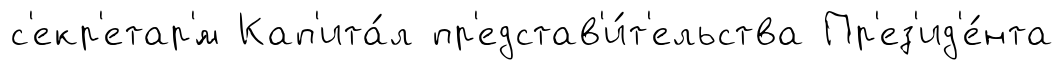
с'екр'етар'́м Кап'ита́л пр'едстав'и́т'ельства Пр'ез'ид'е́нта